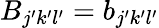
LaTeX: B_{j^{\prime}k^{\prime}l^{\prime}}=b_{j^{\prime}k^{\prime}l^{\prime}}